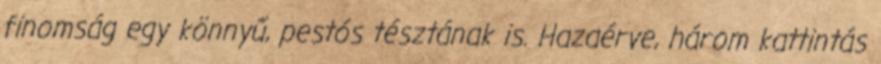
finomság egy könnyű, pestós tésztának is. Hazaérve, három kattintás